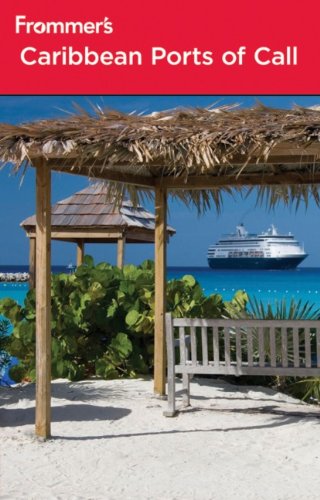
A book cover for Frommer's Caribbean Ports of Call (Frommer's Cruises); Robin Andersen; Travel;